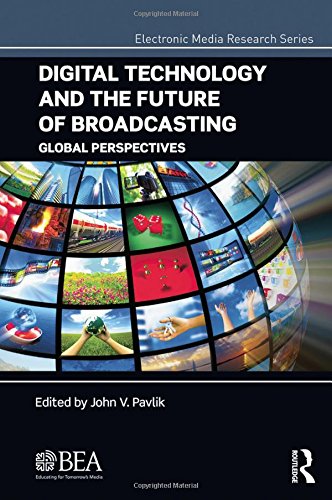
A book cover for Digital Technology and the Future of Broadcasting: Global Perspectives (Electronic Media Research Series); Crafts, Hobbies & Home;